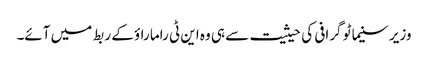
وزیر سنیما ٹو گرافی کی حیثیت سے ہی وہ این ٹی راما راؤ کے ربط میں آئے۔